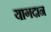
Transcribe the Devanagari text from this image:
यागदान